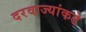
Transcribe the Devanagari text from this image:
दरवाज्यांकडे